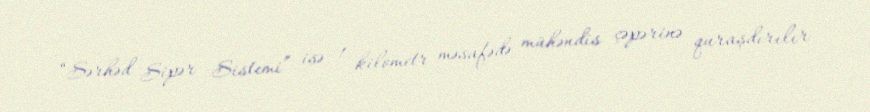
“Sərhəd Sipər Sistemi” isə 1 kilometr məsafədə mühəndis çəpərinə quraşdırılır